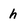
Character: h